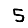
Digit: 5